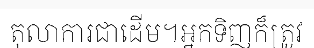
តុលាការជាដើម។អ្នកទិញក៏ត្រូវ